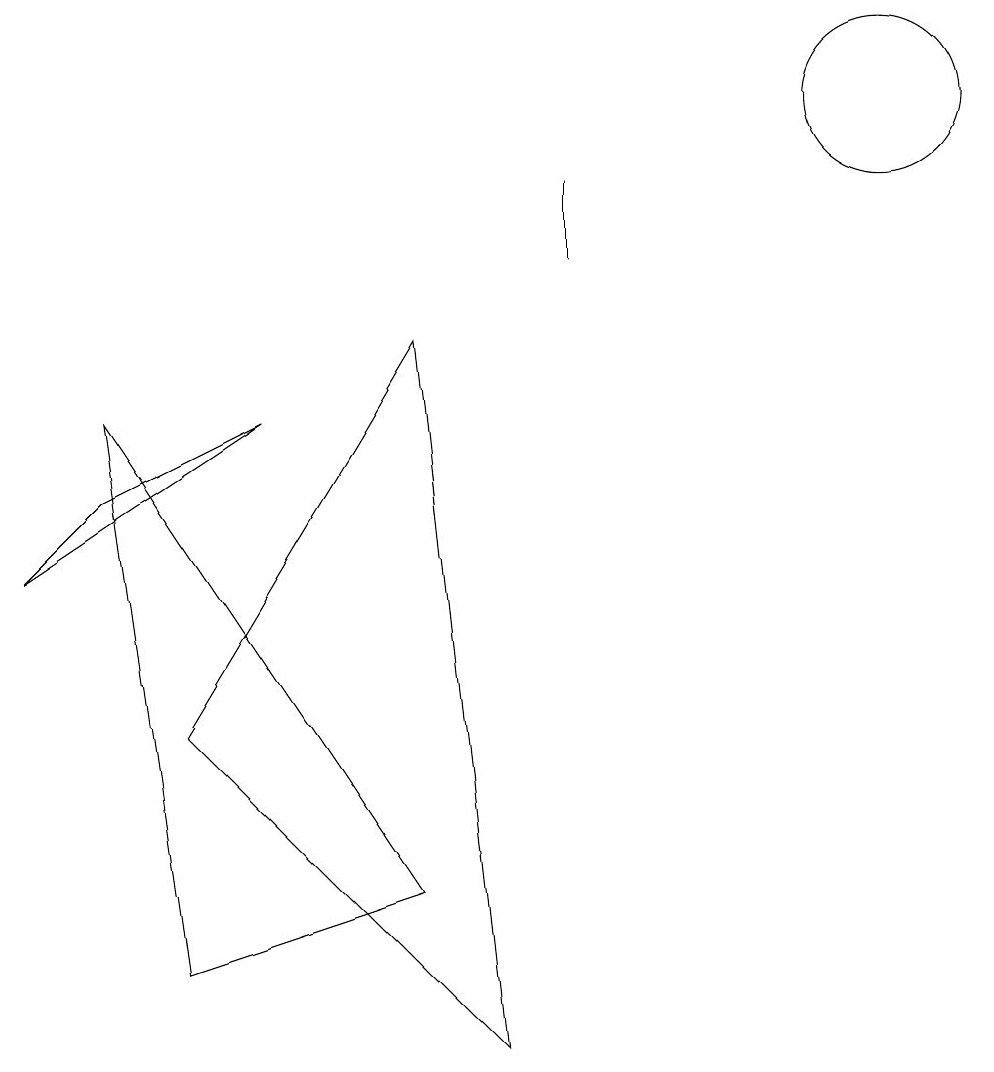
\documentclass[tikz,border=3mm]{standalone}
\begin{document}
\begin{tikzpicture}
\draw (6,0) -- (2,4) -- (5,9) -- cycle;
\draw (5,2) -- (2,1) -- (1,8) -- cycle;
\draw (11,12) circle (1);
\draw (12,11) circle (0);
\draw (1,7) -- (0,6) -- (3,8) -- cycle;
\draw (7,10) rectangle (7,11);
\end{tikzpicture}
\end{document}